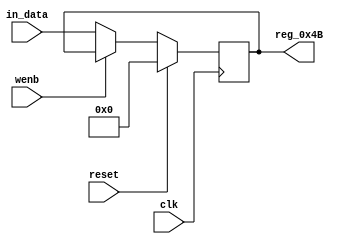
module r_RX_BUF_OBJ6_BYTE_3(output reg [7:0] reg_0x4B, input wire reset, input wire wenb, input wire [7:0] in_data, input wire clk);
	always@(posedge clk)
	begin
		if(reset==0) begin
			if(wenb==0)
				reg_0x4B<=in_data;
			else
				reg_0x4B<=reg_0x4B;
		end
		else
			reg_0x4B<=8'h00;
	end
endmodule